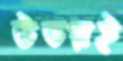
উভয়ই